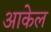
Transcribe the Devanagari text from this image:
आकेल